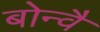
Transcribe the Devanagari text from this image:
बोन्वै